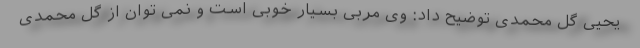
یحیی گل محمدی توضیح داد: وی مربی بسیار خوبی است و نمی توان از گل محمدی